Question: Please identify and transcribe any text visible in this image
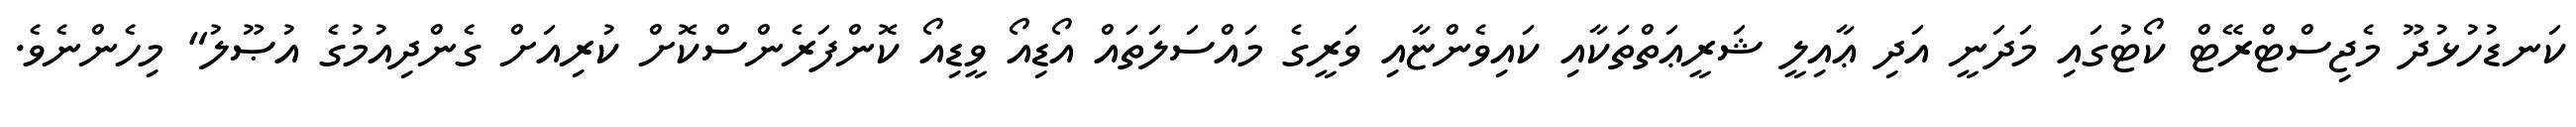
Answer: ކަނޑުހުޅުދޫ މެޖިސްޓްރޭޓް ކޯޓުގައި މަދަނީ އަދި ޢާއިލީ ޝަރީޢަތްތަކާއި ކައިވެންޏާއި ވަރީގެ މައްސަލަތައް އޯޑިއޯ ވީޑިއޯ ކޮންފަރެންސްކޮށް ކުރިއަށް ގެންދިއުމުގެ އުޞޫލު" މިހެންނެވެ.